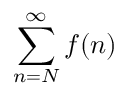
\sum _ { n = N } ^ { \infty } f ( n )